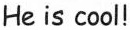
He is cool!